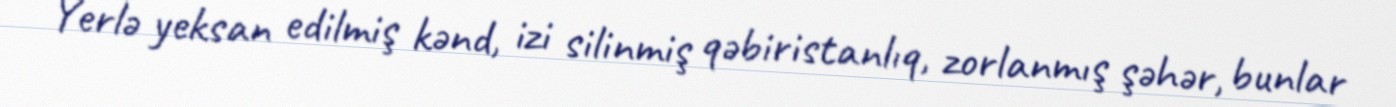
Yerlə yeksan edilmiş kənd, izi silinmiş qəbiristanlıq, zorlanmış şəhər, bunlar